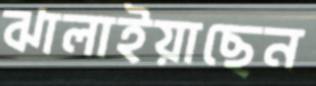
ঝালাইয়াছেন